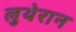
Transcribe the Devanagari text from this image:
लुथेरान